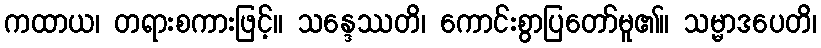
ကထာယ၊ တရားစကားဖြင့်။ သန္ဒေဿတိ၊ ကောင်းစွာပြတော်မူ၏။ သမ္မာဒပေတိ၊